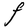
Character: F